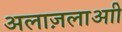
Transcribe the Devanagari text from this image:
अलाज़लाआी